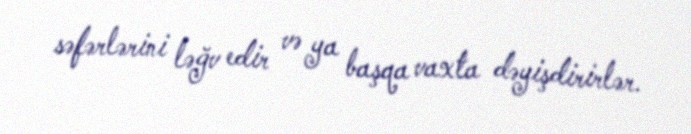
səfərlərini ləğv edir və ya başqa vaxta dəyişdirirlər.